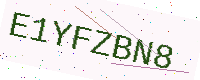
Text: E1YFZBN8